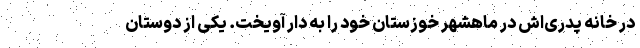
در خانه‌ پدری‌اش‌ در ماهشهر خوزستان خود را به دار آویخت. یکی از دوستان